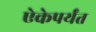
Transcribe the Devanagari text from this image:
ऐकेपर्यंत